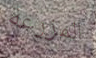
المزرعة